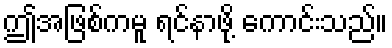
ဤအဖြစ်ကမူ ရင်နာဖို့ ကောင်းသည်။